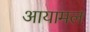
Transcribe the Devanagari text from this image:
आयामल